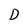
Character: D